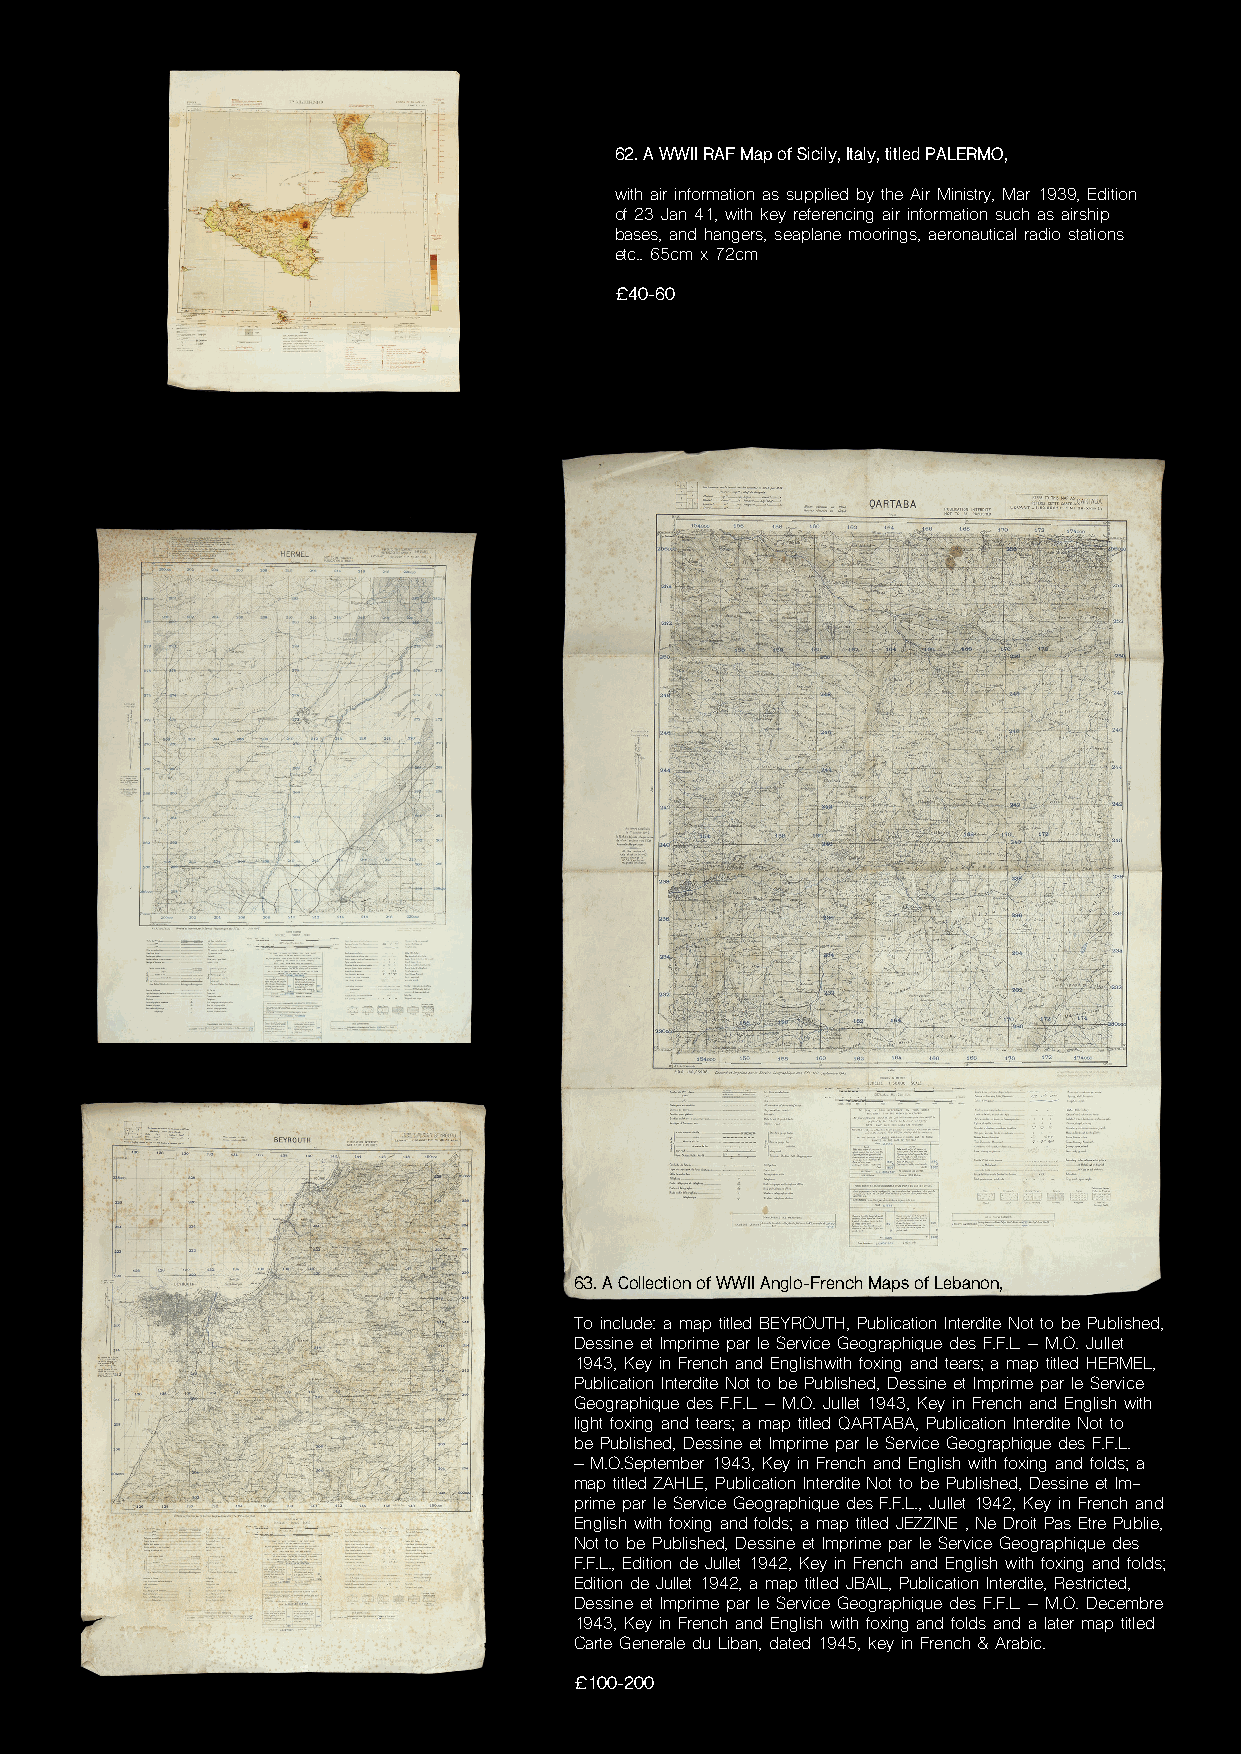
62. A WWII RAF Map of Sicily, Italy, titled PALERMO,
 with air information as supplied by the Air Ministry, Mar 1939, Edition
 of 23 Jan 41, with key referencing air information such as airship
 bases, and hangers, seaplane moorings, aeronautical radio stations
 etc.. 65cm x 72cm
 £40-60
 63. A Collection of WWII Anglo-French Maps of Lebanon,
 To include: a map titled BEYROUTH, Publication Interdite Not to be Published,
 Dessine et Imprime par le Service Geographique des F.F.L. – M.O. Jullet
 1943, Key in French and Englishwith foxing and tears; a map titled HERMEL,
 Publication Interdite Not to be Published, Dessine et Imprime par le Service
 Geographique des F.F.L. – M.O. Jullet 1943, Key in French and English with
 light foxing and tears; a map titled QARTABA, Publication Interdite Not to
 be Published, Dessine et Imprime par le Service Geographique des F.F.L.
 – M.O.September 1943, Key in French and English with foxing and folds; a
 map titled ZAHLE, Publication Interdite Not to be Published, Dessine et Im-
 prime par le Service Geographique des F.F.L., Jullet 1942, Key in French and
 English with foxing and folds; a map titled JEZZINE , Ne Droit Pas Etre Publie,
 Not to be Published, Dessine et Imprime par le Service Geographique des
 F.F.L., Edition de Jullet 1942, Key in French and English with foxing and folds;
 Edition de Jullet 1942, a map titled JBAIL, Publication Interdite, Restricted,
 Dessine et Imprime par le Service Geographique des F.F.L. – M.O. Decembre
 1943, Key in French and English with foxing and folds and a later map titled
 Carte Generale du Liban, dated 1945, key in French & Arabic.
 £100-200